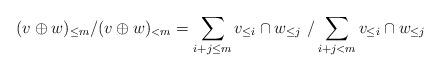
LaTeX: \begin{align*}(v \oplus w)_{\leq m}/ (v \oplus w)_{< m} = \sum_{i + j \leq m} v_{\leq i} \cap w_{\leq j} \ / \sum_{i + j < m} v_{\leq i} \cap w_{\leq j}\\\\\end{align*}